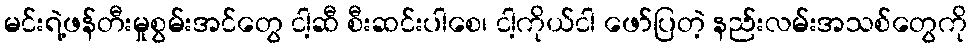
မင်းရဲ့ဖန်တီးမှုစွမ်းအင်တွေ ငါ့ဆီ စီးဆင်းပါစေ၊ ငါ့ကိုယ်ငါ ဖော်ပြတဲ့ နည်းလမ်းအသစ်တွေကို